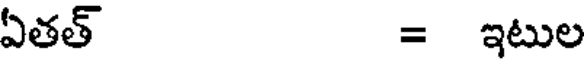
ఏతత్ = ఇటుల